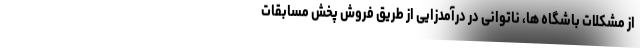
از مشکلات باشگاه ها، ناتوانی در درآمدزایی از طریق فروش پخش مسابقات